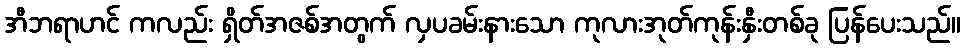
အီဘရာဟင် ကလည်း ရှိတ်အဇစ်အတွက် လှပခမ်းနားသော ကုလားအုတ်ကုန်းနှီးတစ်ခု ပြန်ပေးသည်။